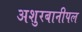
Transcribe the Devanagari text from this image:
अशुरबानीपल